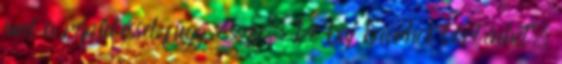
ami a repüléssel függ őssze. De baj bárhol történhet.